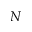
N